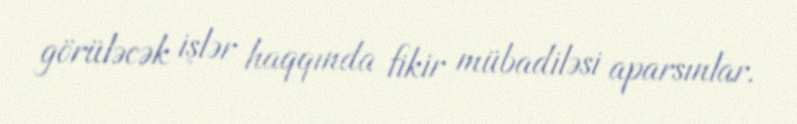
görüləcək işlər haqqında fikir mübadiləsi aparsınlar.